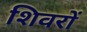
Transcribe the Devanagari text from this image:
शिवरों